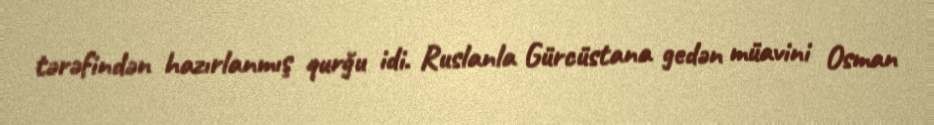
tərəfindən hazırlanmış qurğu idi. Ruslanla Gürcüstana gedən müavini Osman